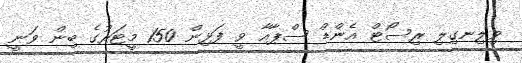
ވިލިނގިލި ރިސޯޓް އެންޑް ސްޕާއާ ވީ ފަޅިން 150 މީޓަރުގެ ބިން ވަނީ